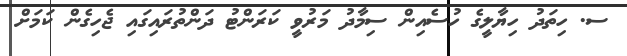
ސ. ހިތަދު ހިޔާލީގެ ހުސެއިން ސިމާދު މަރުވީ ކަރަންޓު ދަންތުރައިގައި ޖެހިގެން ކަމަށް